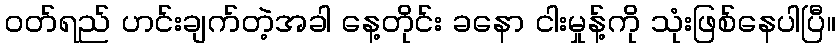
ဝတ်ရည် ဟင်းချက်တဲ့အခါ နေ့တိုင်း ခနော ငါးမှုန့်ကို သုံးဖြစ်နေပါပြီ။